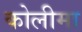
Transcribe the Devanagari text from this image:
कोलीमा